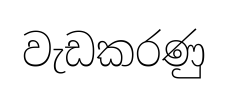
වැඩකරණු